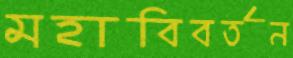
মহাবিবর্তন